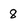
Character: 8